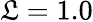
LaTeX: \mathfrak{L}=1.0